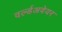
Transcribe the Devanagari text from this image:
वर्ल्डअवेयर